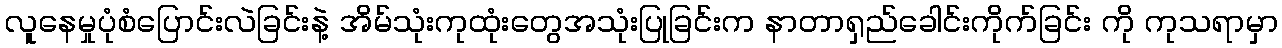
လူနေမှုပုံစံပြောင်းလဲခြင်းနဲ့ အိမ်သုံးကုထုံးတွေအသုံးပြုခြင်းက နာတာရှည်ခေါင်းကိုက်ခြင်း ကို ကုသရာမှာ